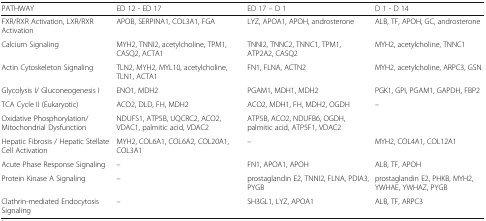
<table><thead><tr><td><b>PATHWAY</b></td><td><b>ED 12 - ED 17</b></td><td><b>ED 17 – D 1</b></td><td><b>D 1 - D 14</b></td></tr></thead><tbody><tr><td>FXR/RXR Activation, LXR/RXR Activation</td><td>APOB, SERPINA1, COL3A1, FGA</td><td>LYZ, APOA1, APOH, androsterone</td><td>ALB, TF, APOH, GC, androsterone</td></tr><tr><td>Calcium Signaling</td><td>MYH2, TNNI2, acetylcholine, TPM1, CASQ2, ACTA1</td><td>TNNI2, TNNC2, TNNC1, TPM1, ATP2A2, CASQ2</td><td>MYH2, acetylcholine, TNNC1</td></tr><tr><td>Actin Cytoskeleton Signaling</td><td>TLN2, MYH2, MYL10, acetylcholine, TLN1, ACTA1</td><td>FN1, FLNA, ACTN2</td><td>MYH2, acetylcholine, ARPC3, GSN</td></tr><tr><td>Glycolysis I/ Gluconeogenesis I</td><td>ENO1, MDH2</td><td>PGAM1, MDH1, MDH2</td><td>PGK1, GPI, PGAM1, GAPDH, FBP2</td></tr><tr><td>TCA Cycle II (Eukaryotic)</td><td>ACO2, DLD, FH, MDH2</td><td>ACO2, MDH1, FH, MDH2, OGDH</td><td>–</td></tr><tr><td>Oxidative Phosphorylation/ Mitochondrial Dysfunction</td><td>NDUFS1, ATP5B, UQCRC2, ACO2, VDAC1, palmitic acid, VDAC2</td><td>ATP5B, ACO2, NDUFB6, OGDH, palmitic acid, ATP5F1, VDAC2</td><td></td></tr><tr><td>Hepatic Fibrosis / Hepatic Stellate Cell Activation</td><td>MYH2, COL6A1, COL6A2, COL20A1, COL3A1</td><td>–</td><td>MYH2, COL4A1, COL12A1</td></tr><tr><td>Acute Phase Response Signaling</td><td>–</td><td>FN1, APOA1, APOH</td><td>ALB, TF, APOH</td></tr><tr><td>Protein Kinase A Signaling</td><td>–</td><td>prostaglandin E2, TNNI2, FLNA, PDIA3, PYGB</td><td>prostaglandin E2, PHKB, MYH2, YWHAE, YWHAZ, PYGB</td></tr><tr><td>Clathrin-mediated Endocytosis Signaling</td><td>–</td><td>SH3GL1, LYZ, APOA1</td><td>ALB, TF, ARPC3</td></tr></tbody></table>